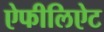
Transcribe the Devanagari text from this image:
ऐफीलिऐट